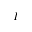
I